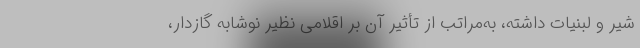
شیر و لبنیات داشته، به‌مراتب از تأثیر آن بر اقلامی نظیر نوشابه گازدار،